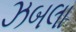
ઝબલા